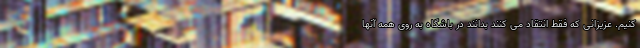
کنیم. عزیزانی که فقط انتقاد می کنند بدانند در باشگاه به روی همه آنها